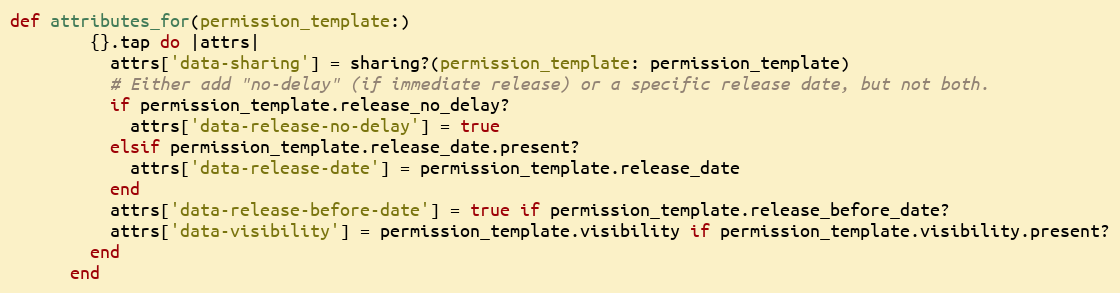
Language: Ruby
def attributes_for(permission_template:)
        {}.tap do |attrs|
          attrs['data-sharing'] = sharing?(permission_template: permission_template)
          # Either add "no-delay" (if immediate release) or a specific release date, but not both.
          if permission_template.release_no_delay?
            attrs['data-release-no-delay'] = true
          elsif permission_template.release_date.present?
            attrs['data-release-date'] = permission_template.release_date
          end
          attrs['data-release-before-date'] = true if permission_template.release_before_date?
          attrs['data-visibility'] = permission_template.visibility if permission_template.visibility.present?
        end
      end